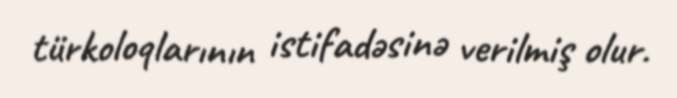
türkoloqlarının istifadəsinə verilmiş olur.